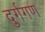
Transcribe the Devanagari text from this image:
दुर्गगण